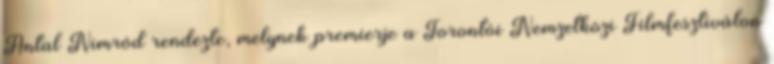
Antal Nimród rendezte, melynek premierje a Torontói Nemzetközi Filmfesztiválon